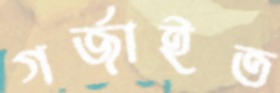
গর্‌জাইত